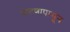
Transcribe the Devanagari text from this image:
पाटणापासून